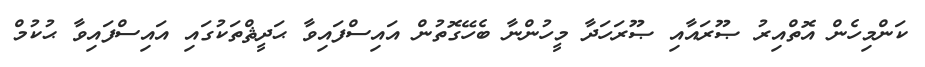
ކަންމިހެން އޮތްއިރު ޞޫރައާއި ޞޫރަހަދާ މީހުންނާ ބެހޭގޮތުން އައިސްފައިވާ ޙަދީޘްތަކުގައި އައިސްފައިވާ ޙުކުމް